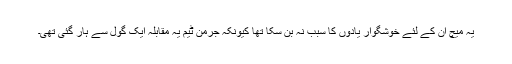
یہ میچ ان کے لئے خوشگوار یادوں کا سبب نہ بن سکا تھا کیونکہ جرمن ٹیم یہ مقابلہ ایک گول سے ہار گئی تھی۔